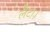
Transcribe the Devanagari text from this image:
लैटा।